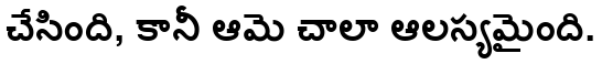
చేసింది, కానీ ఆమె చాలా ఆలస్యమైంది.